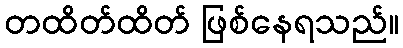
တထိတ်ထိတ် ဖြစ်နေရသည်။